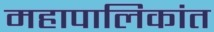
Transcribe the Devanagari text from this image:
महापालिकांत